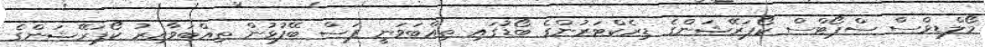
މޯލްޑިވްސް ސްޕޯޓްސް ކޯޕަރޭޝަންގެ ޑިރެކްޓަރުންގެ ބޯޑުގައި ތިއްބަވަނީ ފަސް ބޭފުޅުން ތިއްބަވާއިރު ކޯޕަރޭޝަންގެ